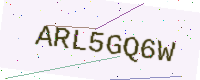
Text: ARL5GQ6W